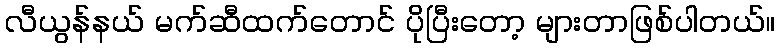
လီယွန်နယ် မက်ဆီထက်တောင် ပိုပြီးတော့ များတာဖြစ်ပါတယ်။